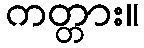
ကတ္တား။